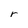
Character: r